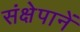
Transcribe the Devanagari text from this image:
संक्षेपानें